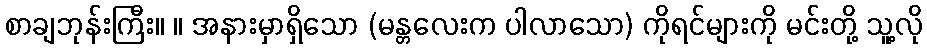
စာချဘုန်းကြီး။ ။ အနားမှာရှိသော (မန္တလေးက ပါလာသော) ကိုရင်များကို မင်းတို့ သူ့လို